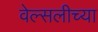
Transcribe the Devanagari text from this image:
वेल्सलीच्या